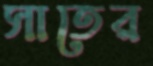
সাতের